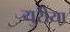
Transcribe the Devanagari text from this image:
युरीया